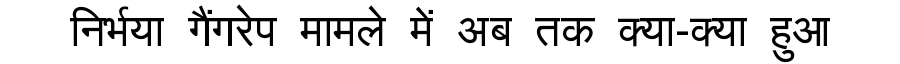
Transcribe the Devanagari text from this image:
निर्भया गैंगरेप मामले में अब तक क्या-क्या हुआ